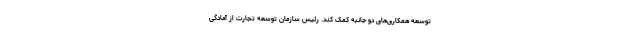
توسعه همکاری‌های دو جانبه کمک کند. رئیس سازمان توسعه تجارت از آمادگی